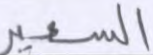
السعير